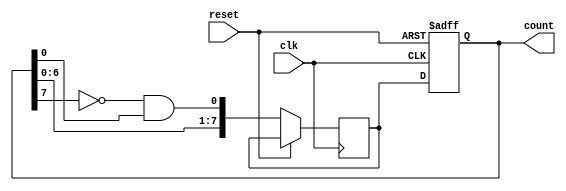
module johnson_gray_counter(
  input wire clk, 
  input wire reset, 
  output reg [7:0] count
);

reg [7:0] next_count;

always @ (posedge clk or posedge reset) begin
  if (reset) begin
    count <= 8'b00000000;
  end else begin
    next_count[7] <= count[6];
    next_count[6] <= count[5];
    next_count[5] <= count[4];
    next_count[4] <= count[3];
    next_count[3] <= count[2];
    next_count[2] <= count[1];
    next_count[1] <= count[0];
    next_count[0] <= ~count[7] & count[0];
    count <= next_count;
  end
end

endmodule